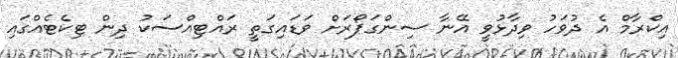
އިކްރާމް އެ ދުވަހު ވިދާޅުވީ އޭނާ ސިންގަޕޯރަށް ވަޑައިގަތީ ރައްޓިއްސަކު ދިން ޓިކެޓެއްގައި